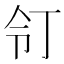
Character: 𠄖